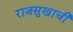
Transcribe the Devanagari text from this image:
राजसुखाची